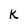
Character: K